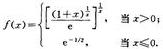
\[
f(x)=
\begin{cases}
\left[\frac{1}{x}\left(1 + \frac{1}{x}\right)\right]^{x}, & \text{当 } x>0; \\
\mathrm{e}^{-1/2}, & \text{当 } x\leqslant 0.
\end{cases}
\]